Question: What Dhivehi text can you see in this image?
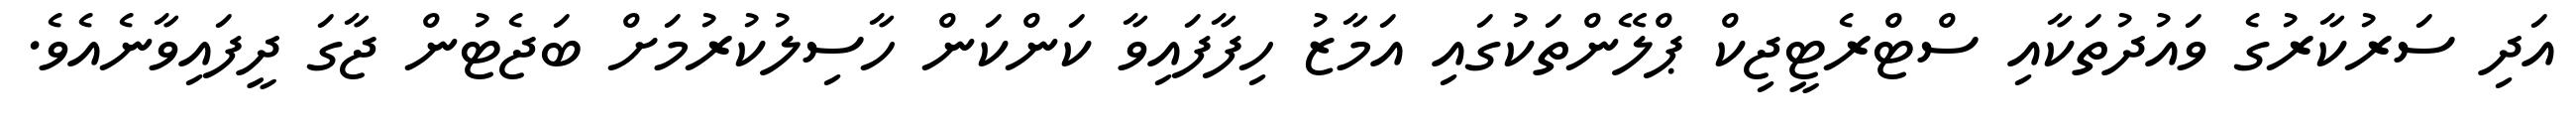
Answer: އަދި ސަރުކާރުގެ ވައުދުތަކާއި ސްޓްރެޓީޖިކް ޕްލޭންތަކުގައި އަމާޒު ހިފާފައިވާ ކަންކަން ހާސިލުކުރުމަށް ބަޖެޓުން ޖާގަ ދީފައިވާނެއެވެ.